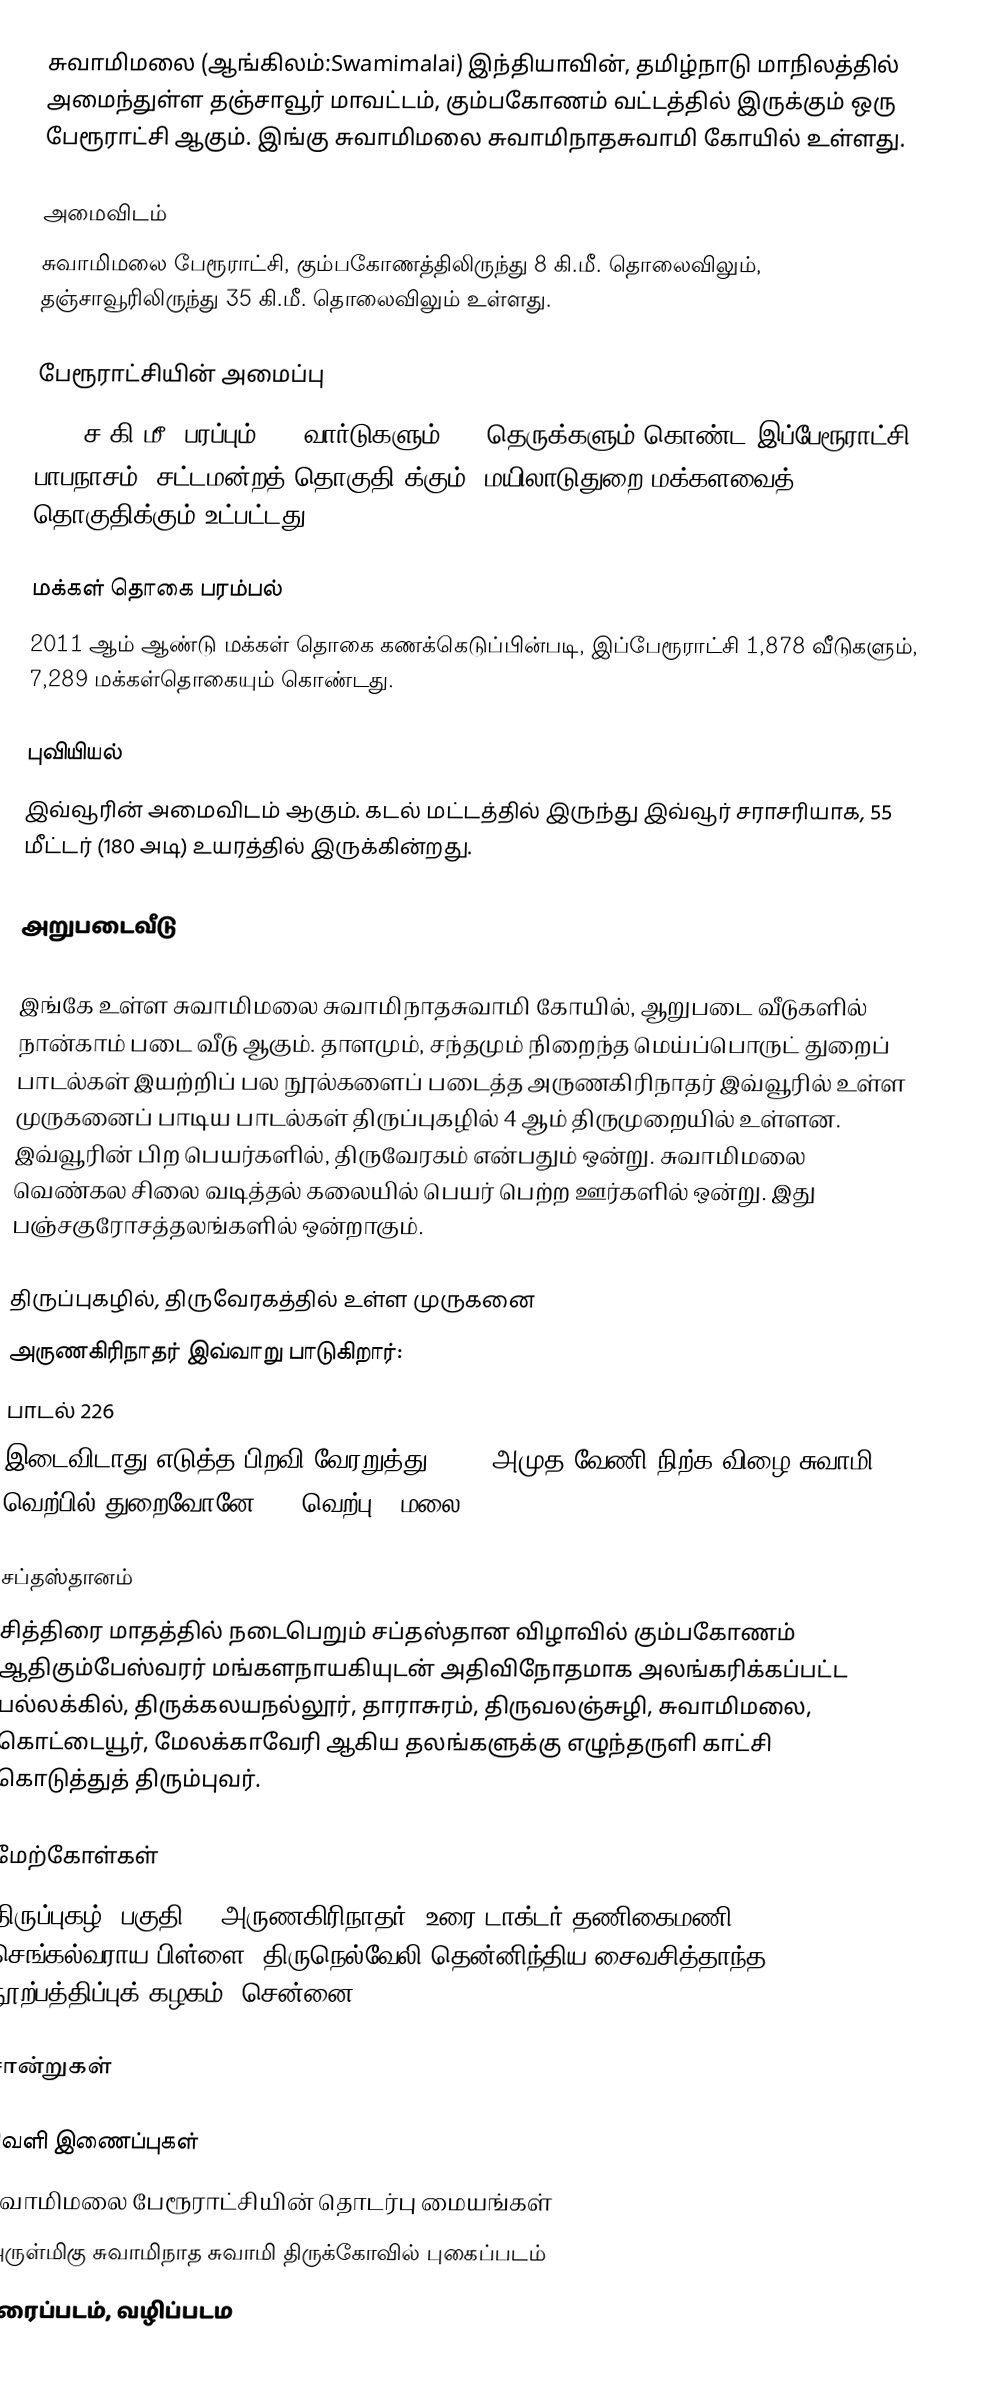
சுவாமிமலை (ஆங்கிலம்:Swamimalai) இந்தியாவின், தமிழ்நாடு மாநிலத்தில் அமைந்துள்ள தஞ்சாவூர் மாவட்டம், கும்பகோணம் வட்டத்தில் இருக்கும் ஒரு பேரூராட்சி ஆகும். இங்கு சுவாமிமலை சுவாமிநாதசுவாமி கோயில் உள்ளது.

அமைவிடம்
சுவாமிமலை பேரூராட்சி, கும்பகோணத்திலிருந்து 8 கி.மீ. தொலைவிலும், தஞ்சாவூரிலிருந்து 35 கி.மீ. தொலைவிலும் உள்ளது.

பேரூராட்சியின் அமைப்பு
2.12 ச.கி.மீ. பரப்பும், 15 வார்டுகளும், 46 தெருக்களும் கொண்ட இப்பேரூராட்சி, பாபநாசம் (சட்டமன்றத் தொகுதி)க்கும், மயிலாடுதுறை மக்களவைத் தொகுதிக்கும் உட்பட்டது.

மக்கள் தொகை பரம்பல்
2011 ஆம் ஆண்டு மக்கள் தொகை கணக்கெடுப்பின்படி, இப்பேரூராட்சி 1,878 வீடுகளும், 7,289 மக்கள்தொகையும் கொண்டது.

புவியியல்
இவ்வூரின் அமைவிடம்  ஆகும். கடல் மட்டத்தில் இருந்து இவ்வூர் சராசரியாக, 55 மீட்டர் (180 அடி) உயரத்தில் இருக்கின்றது.

அறுபடைவீடு

இங்கே உள்ள சுவாமிமலை சுவாமிநாதசுவாமி கோயில், ஆறுபடை வீடுகளில் நான்காம் படை வீடு ஆகும். தாளமும், சந்தமும் நிறைந்த மெய்ப்பொருட் துறைப் பாடல்கள் இயற்றிப் பல நூல்களைப் படைத்த அருணகிரிநாதர் இவ்வூரில் உள்ள முருகனைப் பாடிய பாடல்கள் திருப்புகழில் 4 ஆம் திருமுறையில் உள்ளன. இவ்வூரின் பிற பெயர்களில், திருவேரகம் என்பதும் ஒன்று. சுவாமிமலை வெண்கல சிலை வடித்தல் கலையில் பெயர் பெற்ற ஊர்களில் ஒன்று. இது  பஞ்சகுரோசத்தலங்களில் ஒன்றாகும்.

திருப்புகழில், திருவேரகத்தில் உள்ள முருகனை
அருணகிரிநாதர் இவ்வாறு பாடுகிறார்:
பாடல் 226
இடைவிடாது எடுத்த பிறவி வேரறுத்து ......அமுத வேணி நிற்க விழை சுவாமி வெற்பில் துறைவோனே... (வெற்பு = மலை)

சப்தஸ்தானம்
சித்திரை மாதத்தில் நடைபெறும் சப்தஸ்தான விழாவில் கும்பகோணம் ஆதிகும்பேஸ்வரர் மங்களநாயகியுடன் அதிவிநோதமாக அலங்கரிக்கப்பட்ட பல்லக்கில், திருக்கலயநல்லூர், தாராசுரம், திருவலஞ்சுழி, சுவாமிமலை, கொட்டையூர், மேலக்காவேரி ஆகிய தலங்களுக்கு எழுந்தருளி காட்சி கொடுத்துத் திரும்புவர்.

மேற்கோள்கள்
 திருப்புகழ், பகுதி-2, அருணகிரிநாதர், உரை டாக்டர் தணிகைமணி செங்கல்வராய பிள்ளை, திருநெல்வேலி தென்னிந்திய சைவசித்தாந்த நூற்பத்திப்புக் கழகம், சென்னை-18. 1999.

சான்றுகள்

வெளி இணைப்புகள்
 சுவாமிமலை பேரூராட்சியின் தொடர்பு மையங்கள்
 அருள்மிகு சுவாமிநாத சுவாமி திருக்கோவில் புகைப்படம்
 தரைப்படம், வழிப்படம